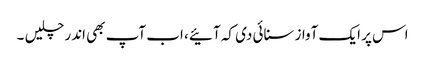
اس پر ایک آواز سنائی دی کہ آئیے ، اب آپ بھی اندر چلیں ۔